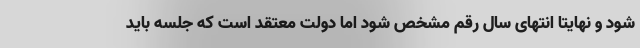
شود و نهایتا انتهای سال رقم مشخص شود اما دولت معتقد است که جلسه باید